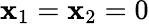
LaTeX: \mathbf{x}_{1}=\mathbf{x}_{2}=0